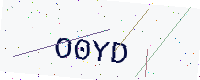
Text: O0YD